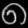
Digit: ၈